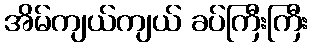
အိမ်ကျယ်ကျယ် ခပ်ကြီးကြီး